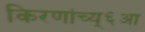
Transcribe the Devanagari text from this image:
किरणांच्य्६आ